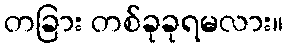
တခြား တစ်ခုခုရမလား။